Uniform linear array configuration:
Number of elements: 4
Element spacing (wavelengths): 0.5
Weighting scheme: uniform
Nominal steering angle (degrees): -45
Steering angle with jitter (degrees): -44.812
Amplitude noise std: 0.05
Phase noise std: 0.05

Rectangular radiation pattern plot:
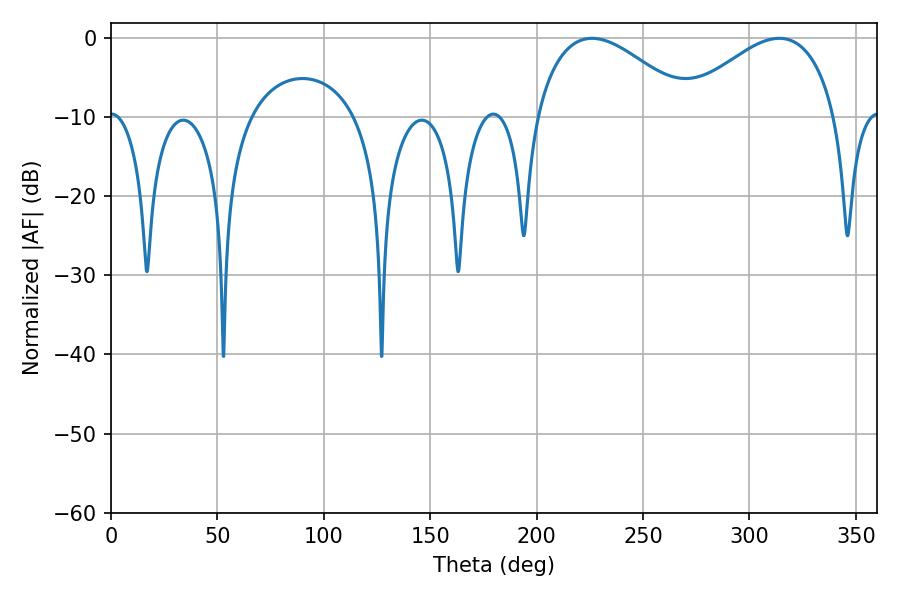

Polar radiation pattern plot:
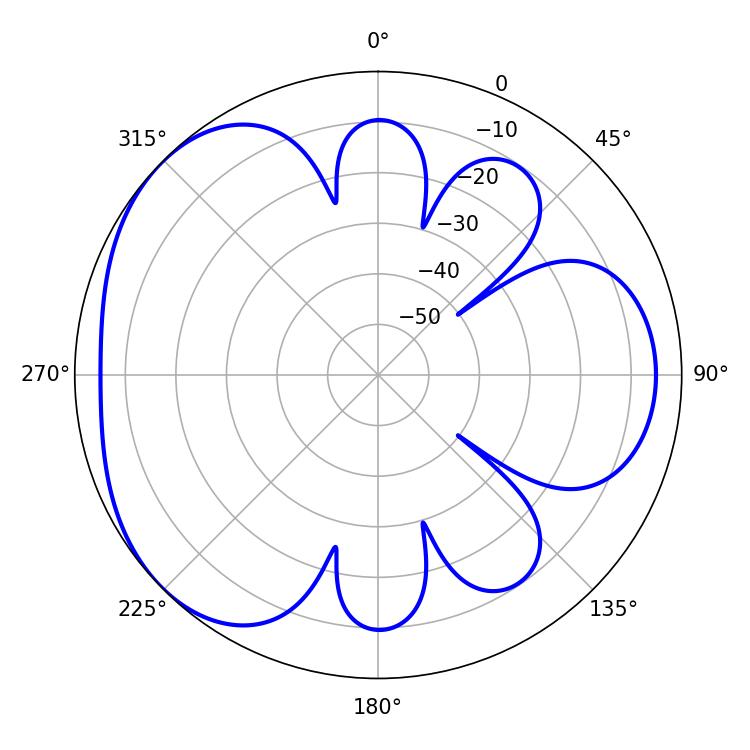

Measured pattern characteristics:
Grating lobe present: FALSE
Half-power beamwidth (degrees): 40.32
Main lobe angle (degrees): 226.08